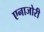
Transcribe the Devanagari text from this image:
एनाजोरी